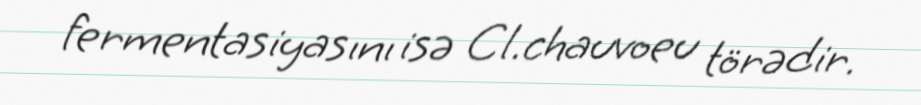
fermentasiyasını isə Cl.chauvoeu törədir.